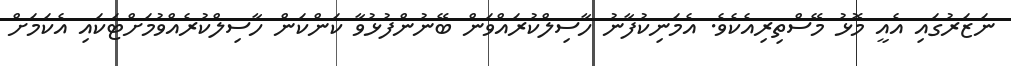
ނަޒަރުގައި އެއީ މޮޅު މޭސްތިރިއެކެވެ. އެމަނިކުފާނު ހާސިލްކުރައްވަން ބޭނުންފުޅުވާ ކަންކަން ހާސިލްކުރެއްވުމަށްޓަކައި އެކަމަށް